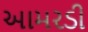
આમરડી